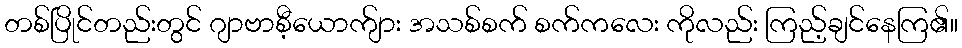
တစ်ပြိုင်တည်းတွင် ဂျာဗာစီ့ယောက်ျား အသစ်စက် စက်ကလေး ကိုလည်း ကြည့်ချင်နေကြ၏။